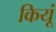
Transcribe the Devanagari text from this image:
कियूं